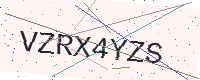
Text: VZRX4YZS